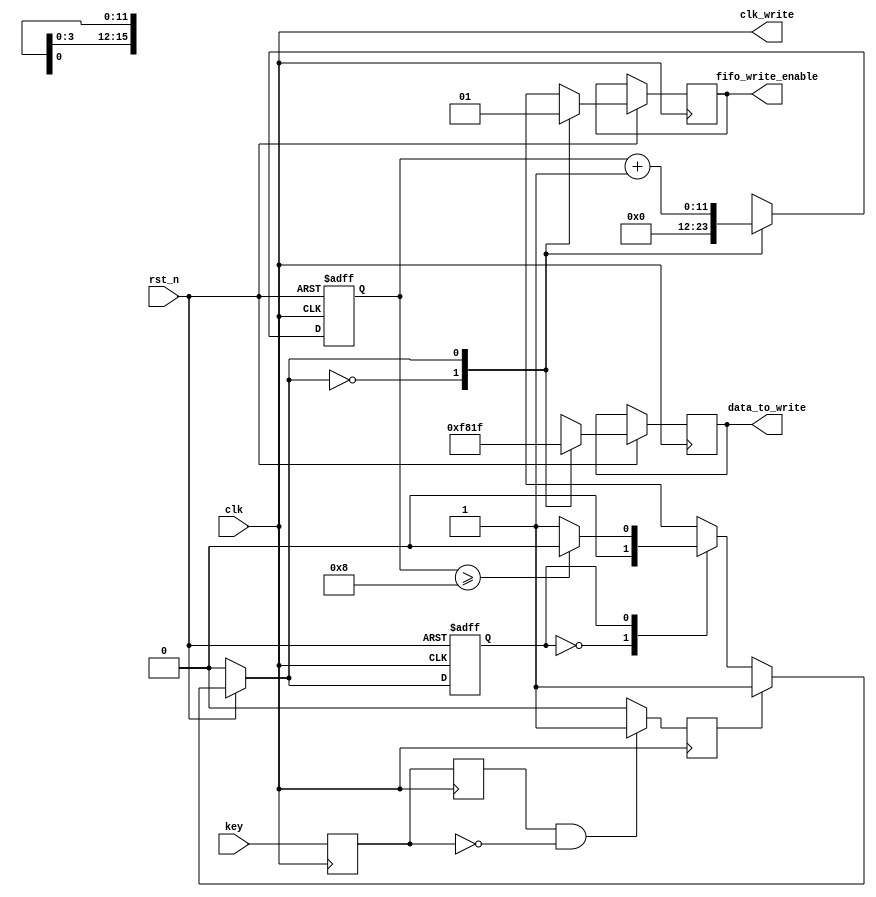
module key_sdram_write
(
	input		key,
	input		clk,
	input		rst_n,
	output	clk_write,
	output	reg	fifo_write_enable,
	output	reg 	[15:0]data_to_write

);

assign clk_write = clk;

reg buff1;
reg buff2;
reg key_;
always @(posedge clk)
begin
	buff1 <= key;
	buff2 <= buff1;
	if(buff2&~buff1)
		key_ <= 1;
	else
		key_ <=0;
end

reg STATE,NEXT_STATE;
reg [11:0]bit_counter;
parameter WAIT = 1'b0,RUN = 1'b1;
/****************************************************/
always @(posedge clk	or negedge rst_n)
begin
	if(!rst_n)
		STATE <= WAIT;
	else
		STATE <= NEXT_STATE; 
end
/****************************************************/
always @(STATE or rst_n or key_ or bit_counter)
begin
	if(!rst_n)
		NEXT_STATE = WAIT;
	else if(key_)
		NEXT_STATE = RUN;
	else
		case(STATE)
			WAIT:	NEXT_STATE = WAIT;
			RUN:	begin
					if(bit_counter >= 12'd8)
						NEXT_STATE = WAIT;
					else
						NEXT_STATE = RUN;
					end
			default:	NEXT_STATE = WAIT;
		endcase
end
/****************************************************/
always @(posedge clk or negedge rst_n)
begin
	if(!rst_n)
		begin
			bit_counter <= 3'd0;
		end
	else
		case(NEXT_STATE)
			WAIT:	begin
					fifo_write_enable <= 1'b0;
					bit_counter			<= 1'b0;
					data_to_write 		<= 16'b0;
					end
			RUN:	begin
					bit_counter <= bit_counter + 1'b1;
					fifo_write_enable <= 1'b1;
					data_to_write	<= 16'b1111100000011111;
					end
			default:;
		endcase
end	
endmodule